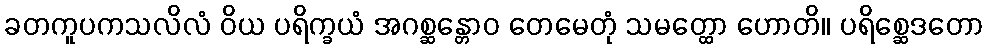
ခတကူပကသလိလံ ဝိယ ပရိက္ခယံ အဂစ္ဆန္တောဝ တေမေတုံ သမတ္ထော ဟောတိ။ ပရိစ္ဆေဒတော